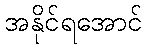
အနိုင်ရအောင်